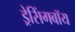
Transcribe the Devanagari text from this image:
ड्रेसिंगबॉय